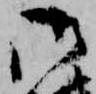
御